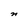
Character: n